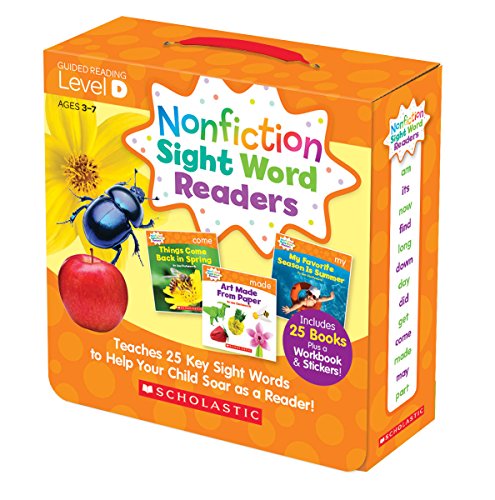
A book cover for Nonfiction Sight Word Readers Parent Pack Level D: Teaches 25 key Sight Words to Help Your Child Soar as a Reader!; Liza Charlesworth; Parenting & Relationships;